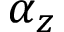
\alpha _ { z }